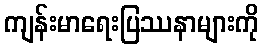
ကျန်းမာရေးပြဿနာများကို